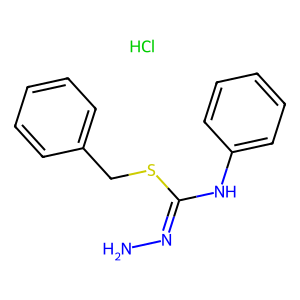
SMILES: Cl.NN=C(Nc1ccccc1)SCc1ccccc1
Inhibits HIV replication: No